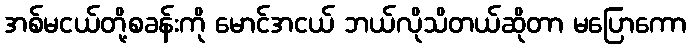
အစ်မငယ်တို့စခန်းကို မောင်အငယ် ဘယ်လိုသိတယ်ဆိုတာ မပြောကော